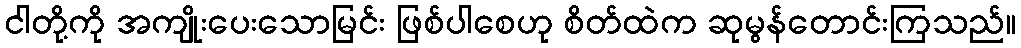
ငါတို့ကို အကျိုးပေးသောမြင်း ဖြစ်ပါစေဟု စိတ်ထဲက ဆုမွန်တောင်းကြသည်။